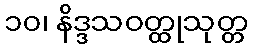
၁၀၊ နိဒ္ဒသဝတ္ထုသုတ္တ